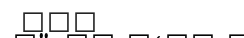
١٢٩